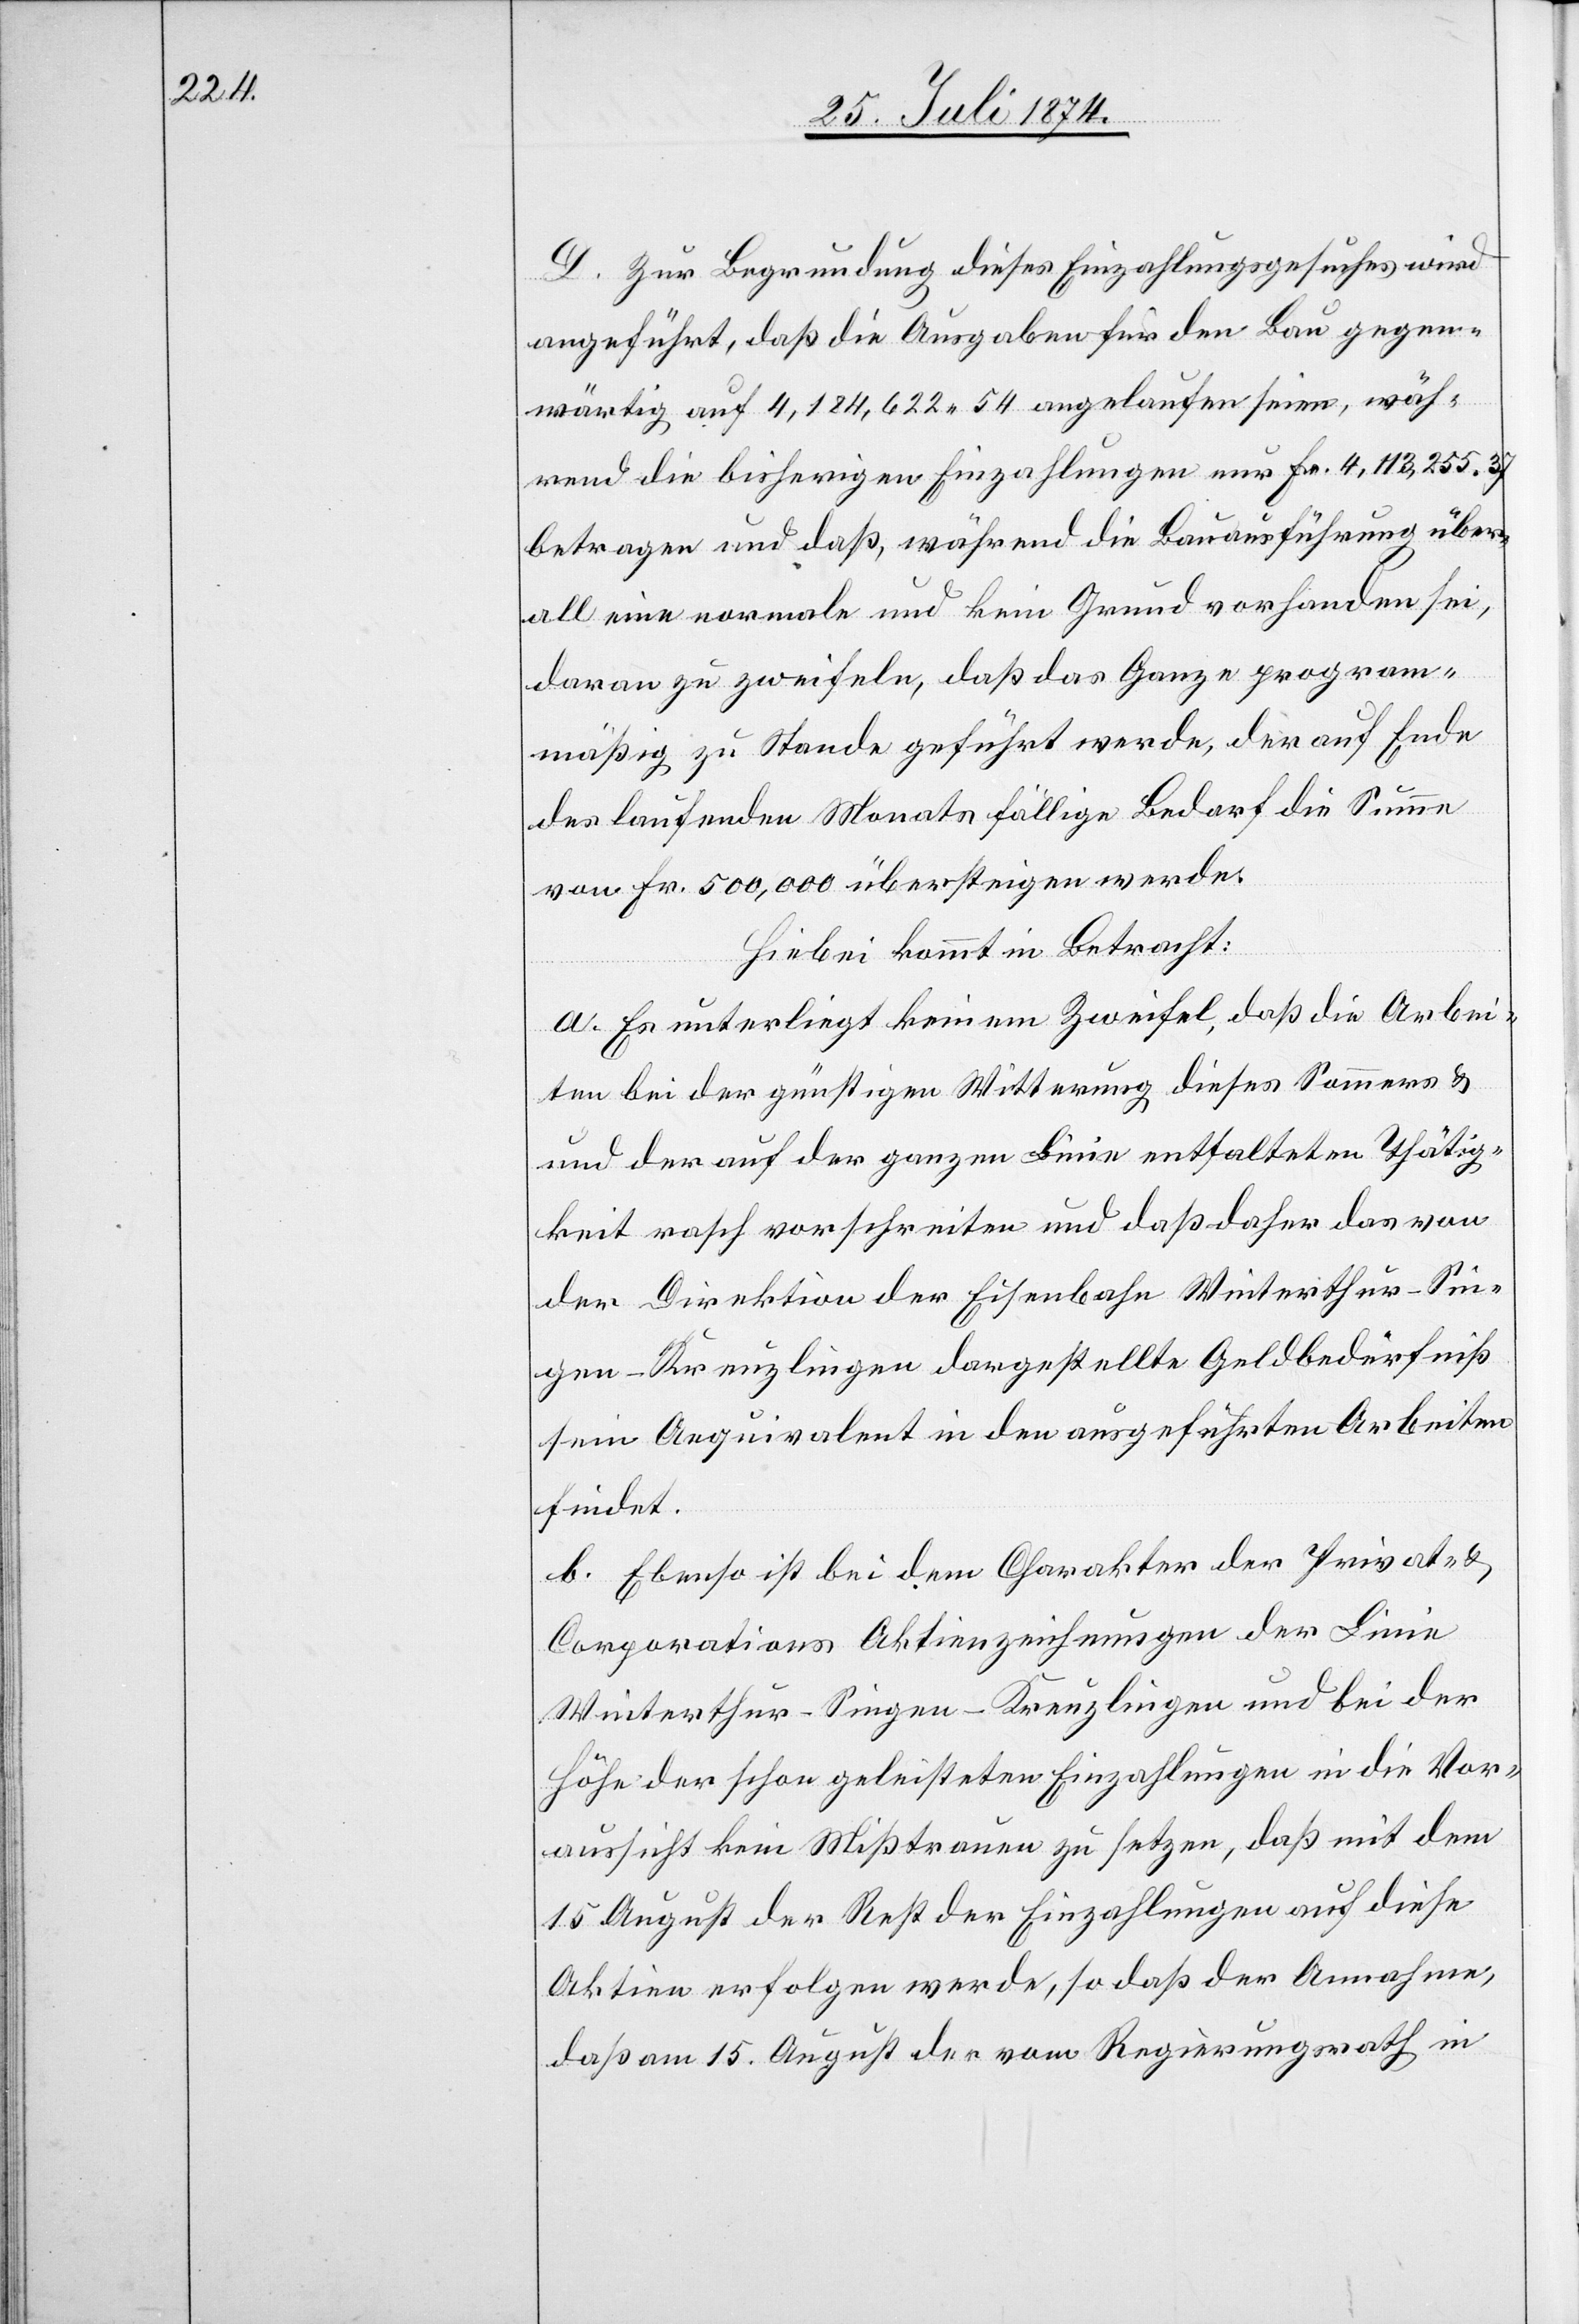
D. Zur Begrundung [sic!] dieses Einzahlungsgesuches wird
angeführt, daß die Ausgaben für den Bau gegen¬
wärtig auf 4,184,622.54 angelaufen seien, wäh¬
rend die bisherigen Einzahlungen nur Fr. 4,113,255.37
betragen und daß, während die Bauausführung über¬
all eine normale und kein Grund vorhanden sei,
daran zu zweifeln, daß das Ganze program¬
mäßig zu Stande gefügt werde, der auf Ende
des laufenden Monats fällige Bedarf die Summe
von Fr. 500,000 übersteigen werde.
Hiebei kommt in Betracht:
a. Es unterliegt keinem Zweifel, daß die Arbei¬
ten bei der günstigen Witterung dieses Sommers u.
der auf der ganzen Linie entfalteten Thätig¬
keit rasch vorschreiten und daß daher das von
der Direktion der Eisenbahn Winterthur–Sin¬
gen–Kreuzlingen dargestellte Geldbedürfniß
sein Aequivalent in den ausgeführten Arbeiten
findet.
b. Ebenso ist bei dem Charakter der Privat- u.
Corporations Aktienzeichnungen der Linie
Winterthur–Singen–Kreuzlingen und bei der
Höhe der schon geleisteten Einzahlung in die Vor¬
aussicht kein Mißtrauen zu setzen, daß mit dem
15. August der Rest der Einzahlungen auf diese
Aktien erfolgen werde, so daß der Annahme,
daß am 15. August der vom Regierungsrath in